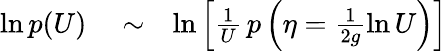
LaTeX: \begin{array}{rlr}{\ln p(U)}&{{}\sim}&{\ln\left\lbrack\frac{1}{U}\, p\left(\eta=\frac{1}{2g}\ln U\right)\right\rbrack}\end{array}